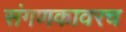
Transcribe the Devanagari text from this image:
संगणकावरच